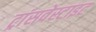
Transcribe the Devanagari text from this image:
ट्रांसवेस्टाइट